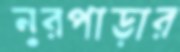
নুরপাড়ার